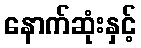
နောက်ဆုံးနှင့်